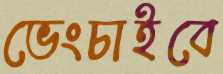
ভেংচাইবে